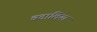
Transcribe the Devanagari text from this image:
चटालिया